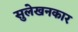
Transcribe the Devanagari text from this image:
सुलेखनकार